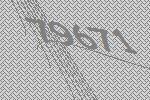
79671